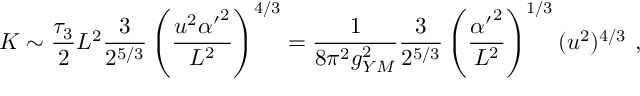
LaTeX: K \sim \frac { \tau _ { 3 } } { 2 } L ^ { 2 } \frac { 3 } { 2 ^ { 5 / 3 } } \left( \frac { u ^ { 2 } { \alpha ^ { \prime } } ^ { 2 } } { L ^ { 2 } } \right) ^ { 4 / 3 } = \frac { 1 } { 8 \pi ^ { 2 } g _ { Y M } ^ { 2 } } \frac { 3 } { 2 ^ { 5 / 3 } } \left( \frac { { \alpha ^ { \prime } } ^ { 2 } } { L ^ { 2 } } \right) ^ { 1 / 3 } ( u ^ { 2 } ) ^ { 4 / 3 } \ ,